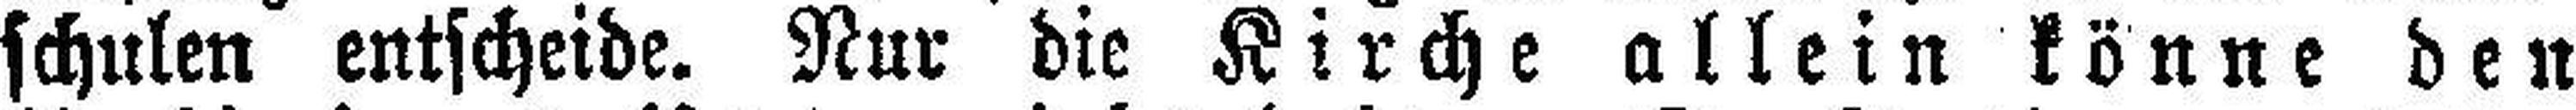
schulen entscheide. Nur die Kirche allein könne den